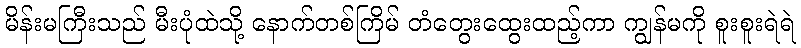
မိန်းမကြီးသည် မီးပုံထဲသို့ နောက်တစ်ကြိမ် တံတွေးထွေးထည့်ကာ ကျွန်မကို စူးစူးရဲရဲ